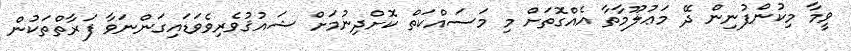
ވީމާ މިކުންފުނިން ދޭ މަޢުލޫމާތާ އެއްގޮތަށް މި މަސައްކަތް ކޮށްދިނުމަށް ޝައުޤުވެރިވެވަޑައިގަންނަވާ ފަރާތްތަކުން